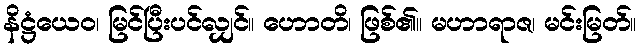
နိဋ္ဌံယေဝ၊ မြင်ပြီးပင်လျှင်။ ဟောတိ၊ ဖြစ်၏။ မဟာရာဇ၊ မင်းမြတ်။